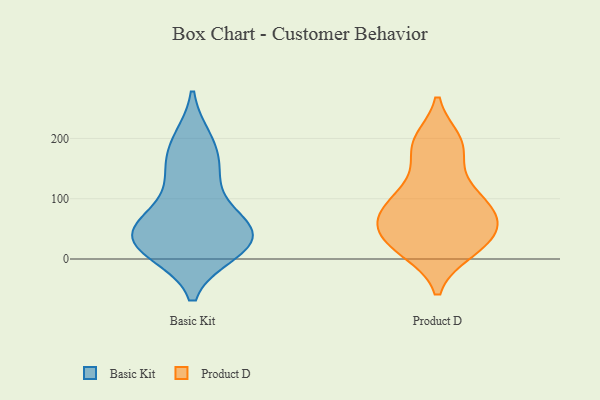
{"axis": {"x": "Net Income (USD K)", "y": "Value"}, "legend": ["Basic Kit", "Product D"], "data": [{"x": "", "y": 36, "type": "Basic Kit"}, {"x": "", "y": 12, "type": "Basic Kit"}, {"x": "", "y": 75, "type": "Basic Kit"}, {"x": "", "y": 196, "type": "Basic Kit"}, {"x": "", "y": 139, "type": "Basic Kit"}, {"x": "", "y": 45, "type": "Basic Kit"}, {"x": "", "y": 34, "type": "Basic Kit"}, {"x": "", "y": 52, "type": "Basic Kit"}, {"x": "", "y": 198, "type": "Basic Kit"}, {"x": "", "y": 137, "type": "Basic Kit"}, {"x": "", "y": 16, "type": "Basic Kit"}, {"x": "", "y": 160, "type": "Basic Kit"}, {"x": "", "y": 68, "type": "Basic Kit"}, {"x": "", "y": 11, "type": "Basic Kit"}, {"x": "", "y": 56, "type": "Basic Kit"}, {"x": "", "y": 20, "type": "Basic Kit"}, {"x": "", "y": 63, "type": "Product D"}, {"x": "", "y": 195, "type": "Product D"}, {"x": "", "y": 21, "type": "Product D"}, {"x": "", "y": 59, "type": "Product D"}, {"x": "", "y": 15, "type": "Product D"}, {"x": "", "y": 47, "type": "Product D"}, {"x": "", "y": 186, "type": "Product D"}, {"x": "", "y": 185, "type": "Product D"}, {"x": "", "y": 93, "type": "Product D"}, {"x": "", "y": 98, "type": "Product D"}, {"x": "", "y": 14, "type": "Product D"}, {"x": "", "y": 70, "type": "Product D"}, {"x": "", "y": 25, "type": "Product D"}, {"x": "", "y": 115, "type": "Product D"}, {"x": "", "y": 124, "type": "Product D"}, {"x": "", "y": 69, "type": "Product D"}, {"x": "", "y": 191, "type": "Product D"}, {"x": "", "y": 78, "type": "Product D"}, {"x": "", "y": 34, "type": "Product D"}]}